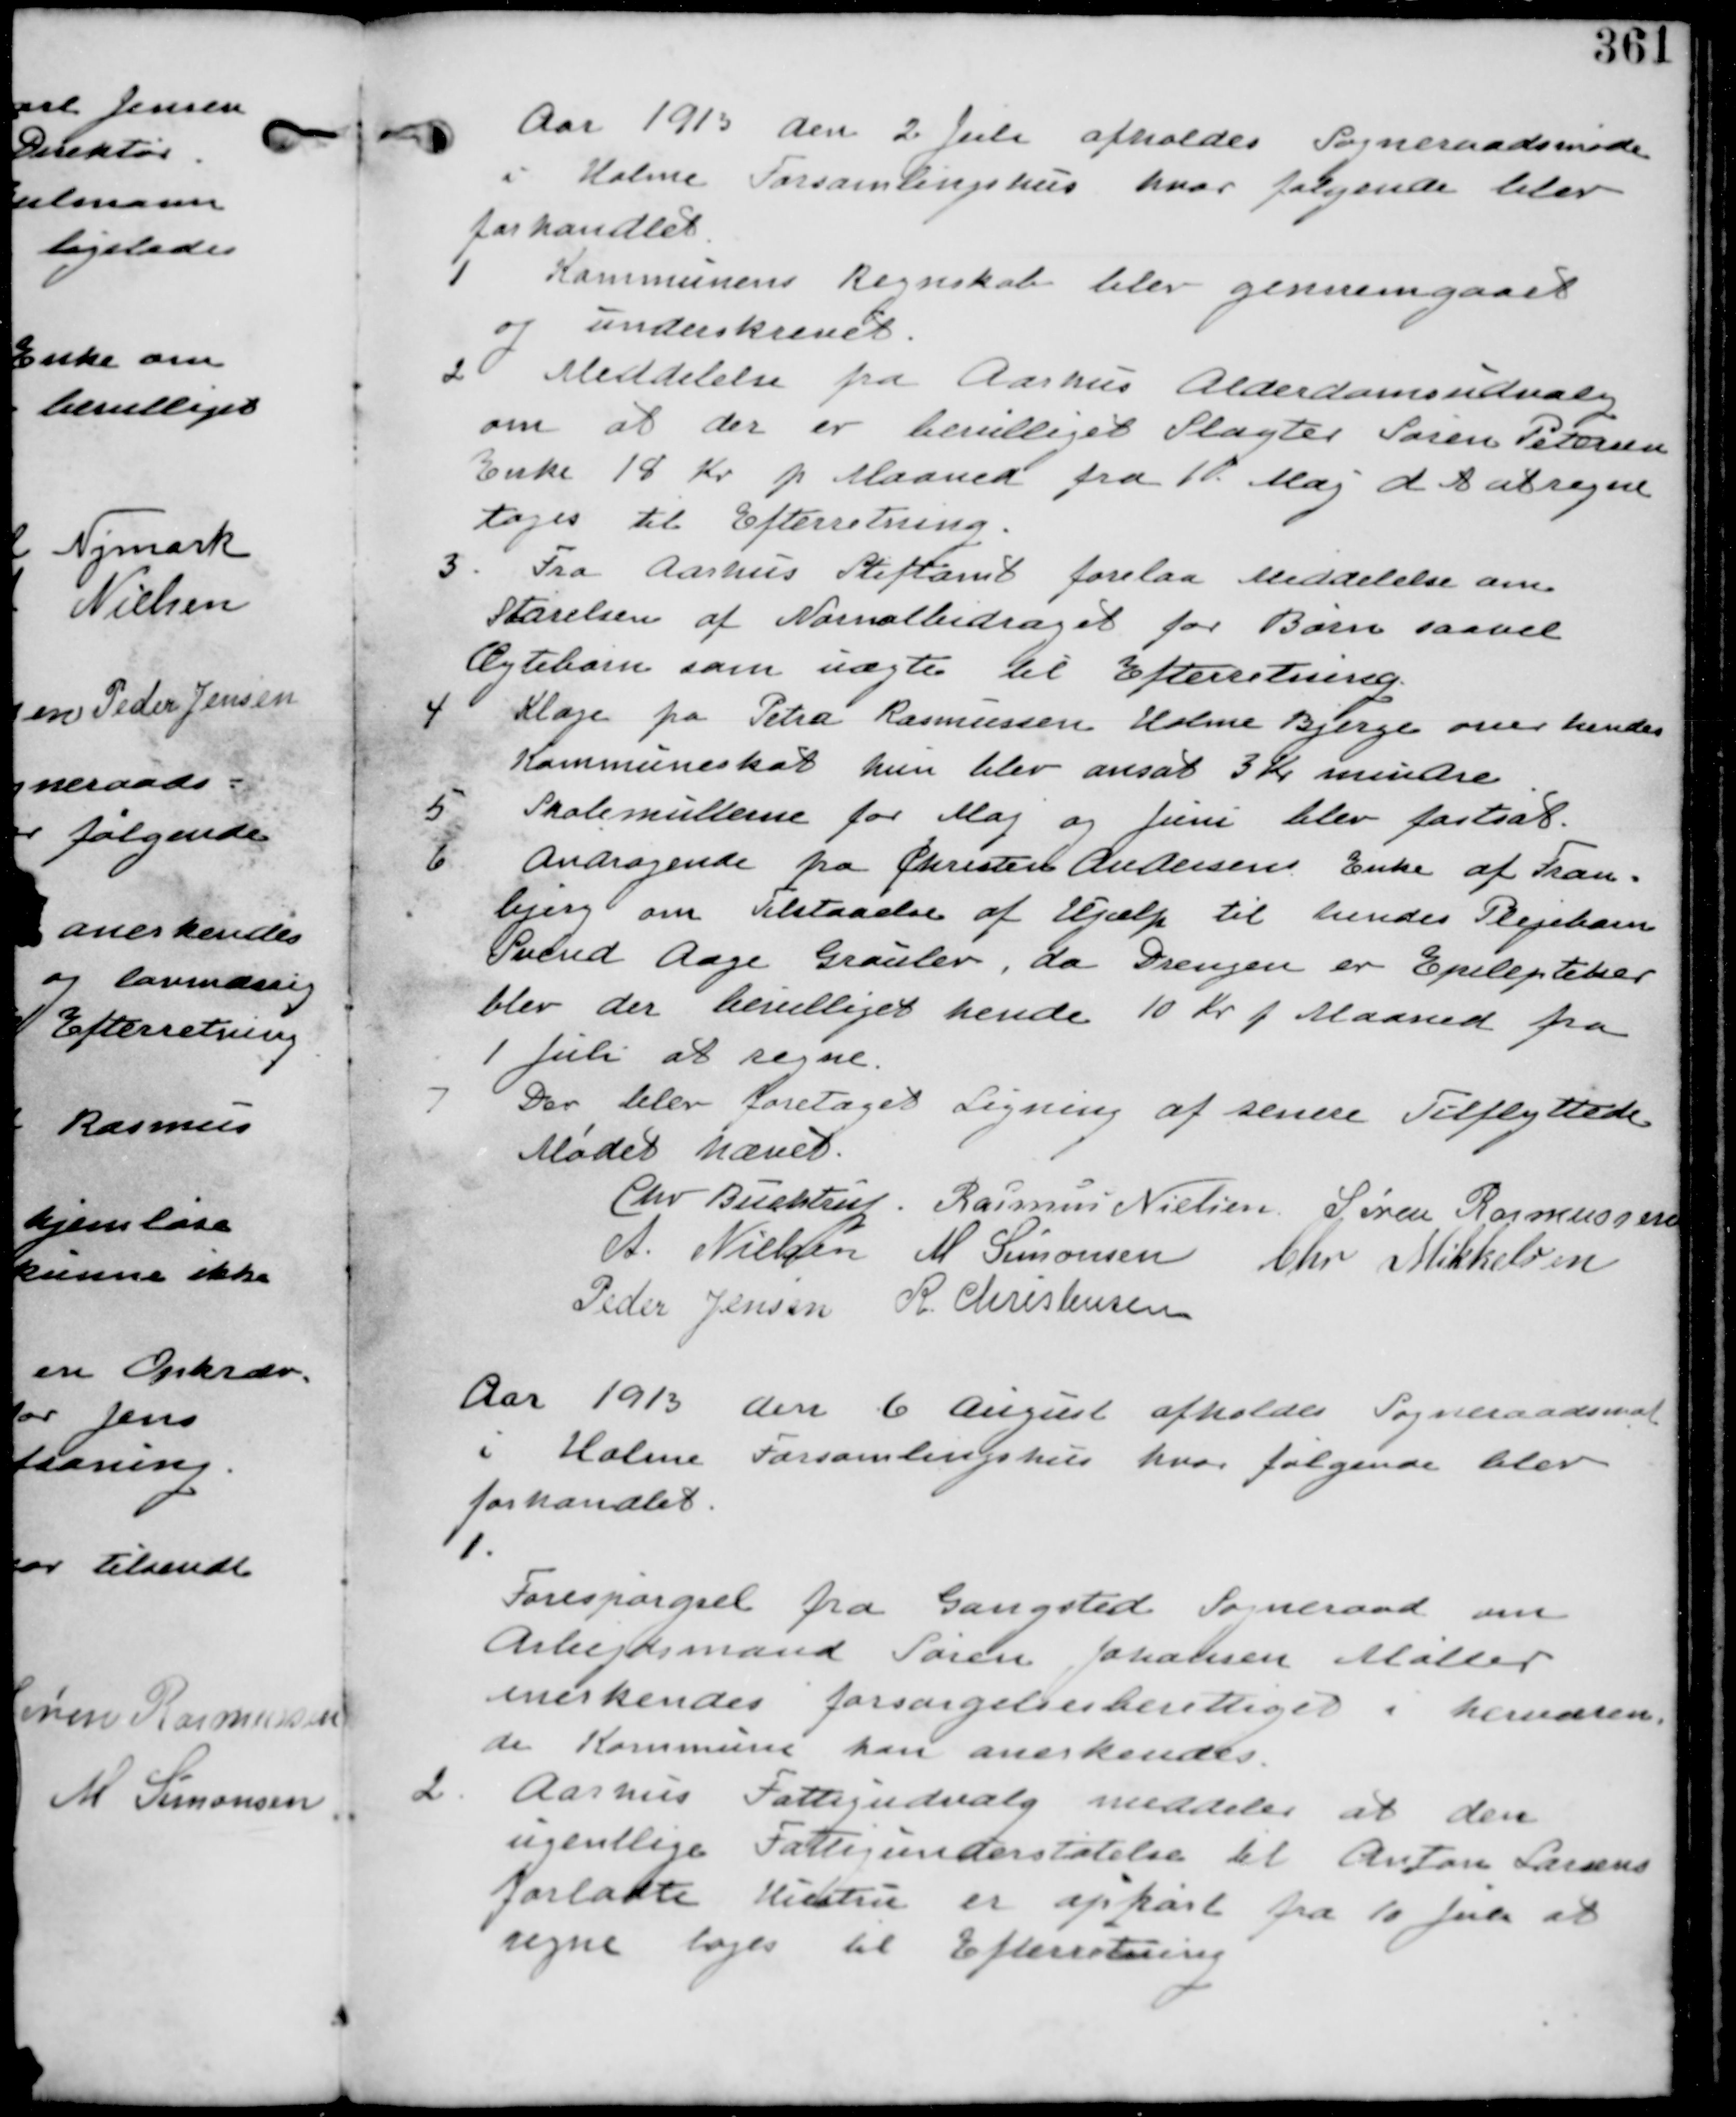
Transskription:
Aar 1913 den 2. Juli afholdes Sogneraadsmøde
i Holme Forsamlingshus hvor følgende blev
forhandlet

1 Kommunens Regnskab blev gennemgaaet
og underskrevet.

2 Meddelelse fra Aarhus Alderdomsudvalg
om at der er bevilliget Slagter Søren Petersen
Enke 18 Kr p Maaned fra 10 Maj d. A. regne
tages til Efterretning.

3. Fra Aarhus Stiftamt forelaa Meddelelse om
Størelsen af Normalbidraget for Børn saavel
Ægtebørn som uægte til Efterretning.

4 Klage fra Petra Rasmussen Holme Bjerge over hendes
Kommuneskat hun blev ansat til 3 Kr mindre.

5 Skolemulterne for Maj og Juni blev fastsat.

6 Andragende fra Christen Andersens Enke af Tran-
bjerg om Tilstaaelse af Hjælp til hendes Plejebarn
Svend Aage Grauber. da Drengen er Epileptiker
blev der bevilliget hende 10 Kr p Maaned fra
1 Juli at regne

7
Der blev foretaget Ligning af senere Tilflyttere.

Mødet hævet.
Chr Buchtrup. Rasmus Nielsen Søren Rasmussen
A. Nielsen M Simonsen Chr Mikkelsen
Peder Jensen R. Christensen

Aar 1913 den 6. August afholdes Sogneraadsmøde
i Holme Forsamlingshus hvor følgende blev
forhandlet

1.
Forespørgsel fra Gangsted Sogneraad om
Arbejdsmand Søren Johansen Møller
anerkendes forsørgelsesberettiget i herværen-
de Kommune kan anerkendes

2. Aarhus Fattigudvalg meddeler at den
ugentlige Fattigunderstøttelse til Anton Larsens
forladte Hustru er ophørt fra 10 Juli at
regne tages til Efterretning